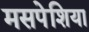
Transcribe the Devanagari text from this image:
मसपेशिया